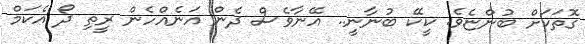
ގޮތަކަށް ބުންޏެވެ. ކީކޭ ބުނާނީ.. އޭނާވެސް ދެން އަނެއްހެން ރީތި ދޯ އެކަމް